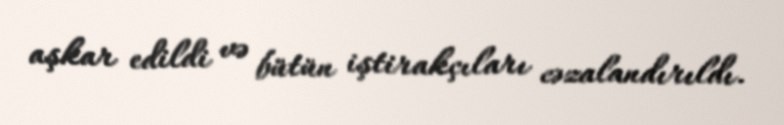
aşkar edildi və bütün iştirakçıları cəzalandırıldı.